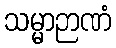
သမ္မာဉာဏံ